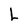
Character: L